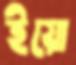
ইয়ো